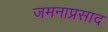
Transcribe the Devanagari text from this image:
जमनाप्रसाद